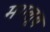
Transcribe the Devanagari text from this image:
मगलूब